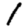
Digit: 1